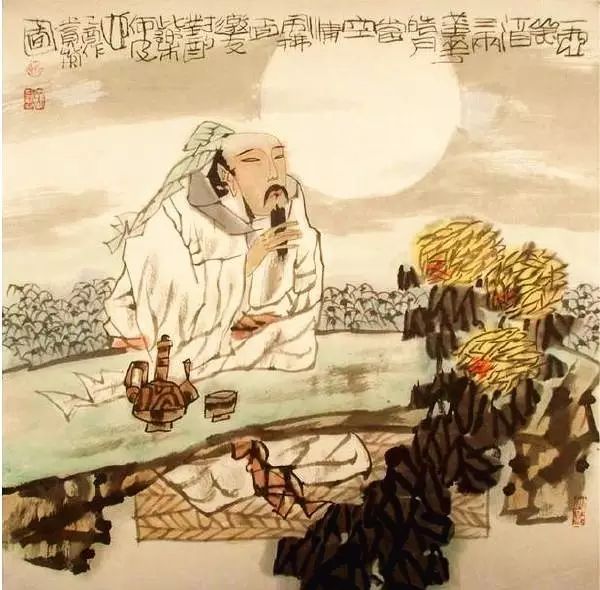
老去悲秋强自宽，兴来今日尽君欢。